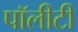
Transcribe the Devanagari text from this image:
पॉलीटी